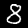
Label: 8